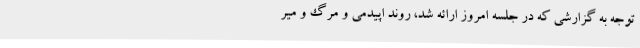
توجه به گزارشی که در جلسه امروز ارائه شد، روند اپیدمی و مرگ و میر